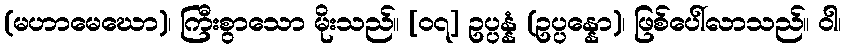
(မဟာမေဃော)၊ ကြီးစွာသော မိုးသည်။ [၀၇] ဥပ္ပန္နံ (ဥပ္ပန္နော)၊ ဖြစ်ပေါ်လာသည်။ ဝါ၊